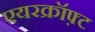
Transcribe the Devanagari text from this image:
एयरक्रॉफ़्ट